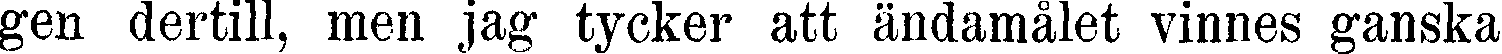
gen dertill, men jag tycker att ändamålet vinnes ganska